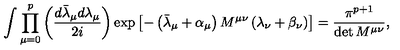
\int \prod _ { \mu = 0 } ^ { p } \left( \frac { d \bar { \lambda } _ { \mu } d \lambda _ { \mu } } { 2 i } \right) \exp \left[ - \left( \bar { \lambda } _ { \mu } + \alpha _ { \mu } \right) M ^ { \mu \nu } \left( \lambda _ { \nu } + \beta _ { \nu } \right) \right] = \frac { \pi ^ { p + 1 } } { \det M ^ { \mu \nu } } ,